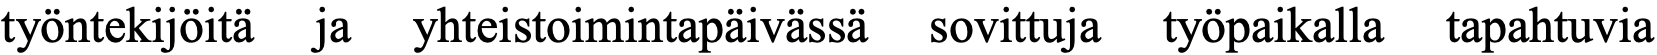
työntekijöitä ja yhteistoimintapäivässä sovittuja työpaikalla tapahtuvia